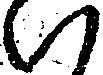
ハ